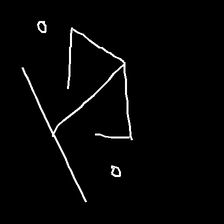
Glyph: earth